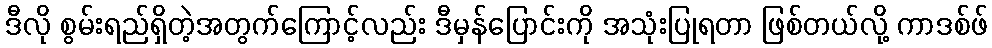
ဒီလို စွမ်းရည်ရှိတဲ့အတွက်ကြောင့်လည်း ဒီမှန်ပြောင်းကို အသုံးပြုရတာ ဖြစ်တယ်လို့ ကာဒစ်ဖ်